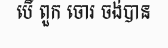
បើ ពួក ចោរ ចង់បាន